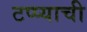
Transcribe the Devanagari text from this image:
टप्प्याची